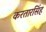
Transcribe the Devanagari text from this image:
करतारसिंह